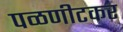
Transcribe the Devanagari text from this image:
पळणीटकर